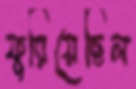
ফুরিয়েছিল